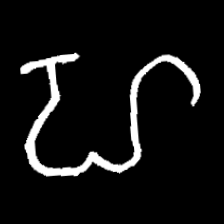
Pyu character \u2014 Myanmar letter: ဟ (romanized: ha)